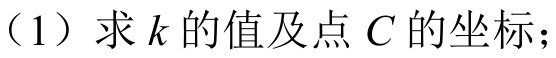
（1）求\(k\)的值及点\(C\)的坐标；